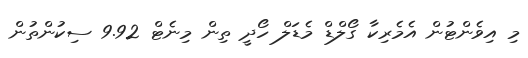
މި އިވެންޓުން އެމެރިކާ ގޯލްޑް މެޑަލް ހޯދީ ތިން މިނެޓް 9.92 ސިކުންތުން